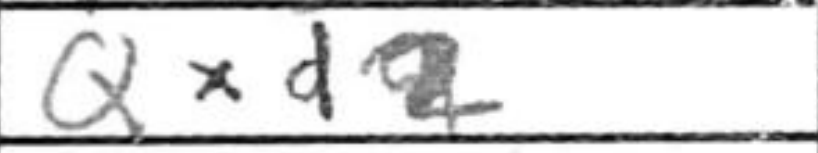
Transcription: Qxd2